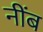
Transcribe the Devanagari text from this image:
नींब